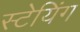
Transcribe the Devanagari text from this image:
स्टेयिंग